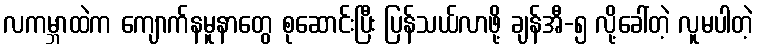
လကမ္ဘာထဲက ကျောက်နမူနာတွေ စုဆောင်းပြီး ပြန်သယ်လာဖို့ ချန်အီ-၅ လို့ခေါ်တဲ့ လူမပါတဲ့